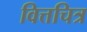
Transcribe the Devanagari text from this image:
वित्तचित्र